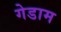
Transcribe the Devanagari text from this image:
गेडाम